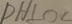
D H \bot O C